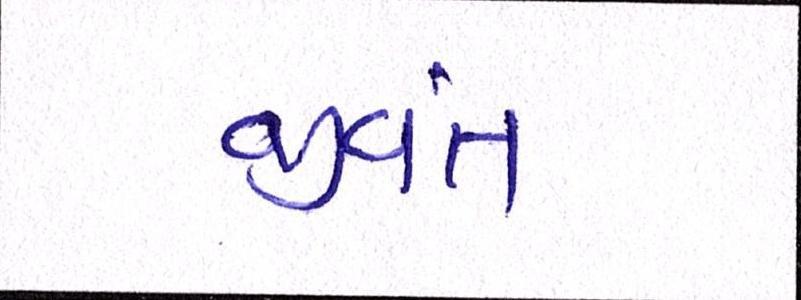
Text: જીવંત